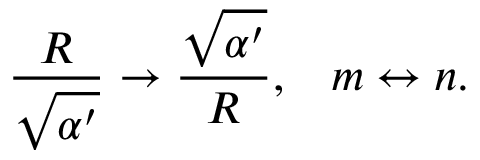
{ \frac { R } { \sqrt { \alpha ^ { \prime } } } } \rightarrow { \frac { \sqrt { \alpha ^ { \prime } } } { R } } , \; \; \; m \leftrightarrow n .